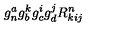
g _ { n } ^ { a } g _ { b } ^ { k } g _ { c } ^ { i } g _ { d } ^ { j } R _ { k i j } ^ { n }